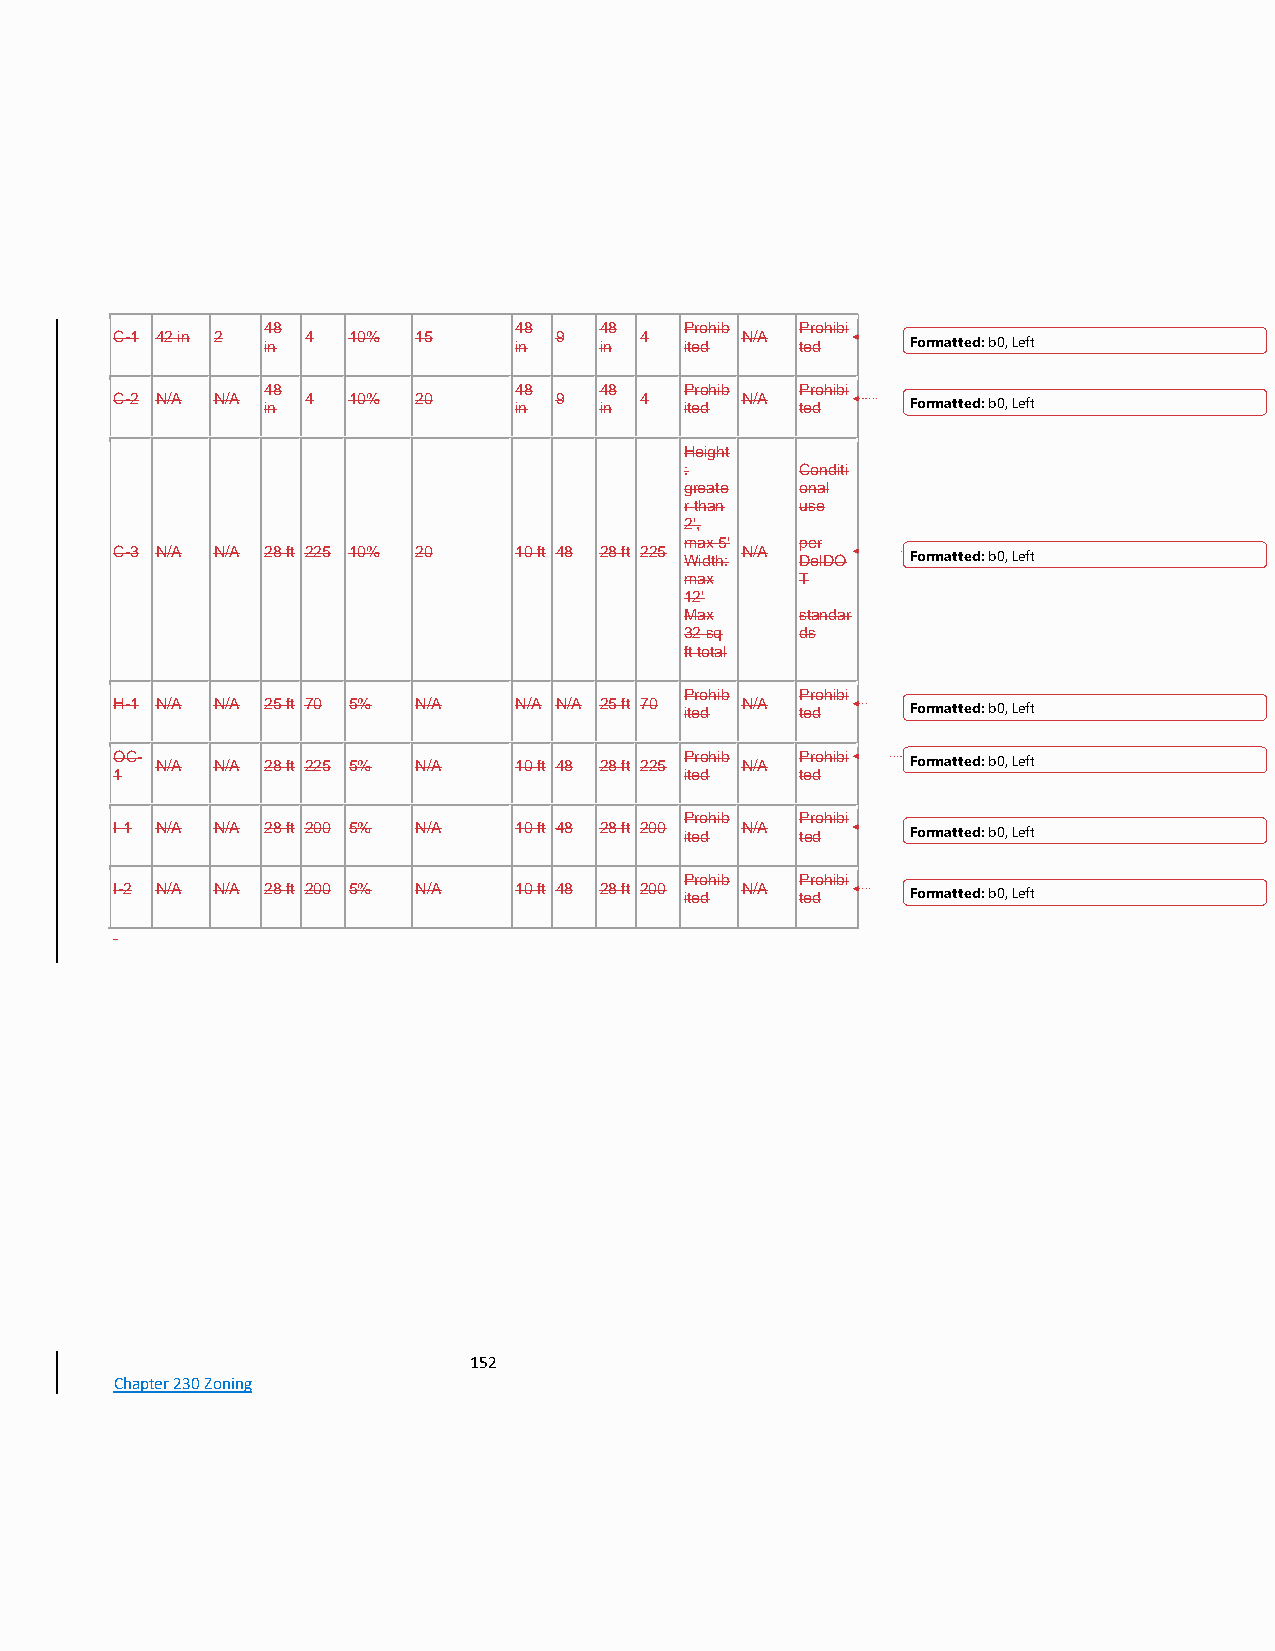
48              48    48   Prohib  Prohibi
 C-1 42 in 2 in 4 10% 15    in 9  in 4 ited N/A ted   Formatted: b0, Left
 48              48    48   Prohib  Prohibi
 C-2 N/A N/A in 4 10% 20    in 9  in 4 ited N/A ted   Formatted: b0, Left
 Height
 :       Conditi
 greate  onal
 r than  use
 2',
 max 5'  per
 C-3 N/A N/A 28 ft 225 10% 20 10 ft 48 28 ft 225 Width: N/A DelDO Formatted: b0, Left
 max     T
 12'
 Max     standar
 32 sq   ds
 ft total
 Prohib  Prohibi
 H-1 N/A N/A 25 ft 70 5% N/A N/A N/A 25 ft 70 ited N/A ted Formatted: b0, Left
 OC- N/A N/A 28 ft 225 5% N/A 10 ft 48 28 ft 225 Prohib N/A Prohibi Formatted: b0, Left
 1                                     ited    ted
 Prohib  Prohibi
 I-1 N/A N/A 28 ft 200 5% N/A 10 ft 48 28 ft 200 ited N/A ted Formatted: b0, Left
 Prohib  Prohibi
 I-2 N/A N/A 28 ft 200 5% N/A 10 ft 48 28 ft 200 ited N/A ted Formatted: b0, Left
 152
 Chapter 230 Zoning